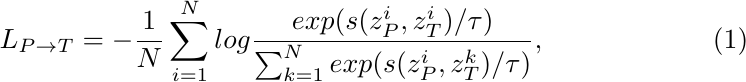
\begin{equation}
L_{P\rightarrow T} = -\frac{1}{N}\sum_{i=1}^{N}log\frac{exp(s(z_P^i, z_T^i)/\tau)}{\sum_{k=1}^{N}exp(s(z_P^i, z_T^k)/\tau)},
\end{equation}